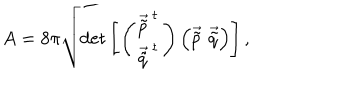
A = 8 \pi \sqrt { \mathrm { d e t } \left[ \left( \begin{array} { c } { { \vec { \tilde { p } } ^ { t } } } \\ { { \vec { \tilde { q } } ^ { t } } } \\ \end{array} \right) \left( \vec { \tilde { p } } \, \, \vec { \tilde { q } } \right) \right] } \, ,